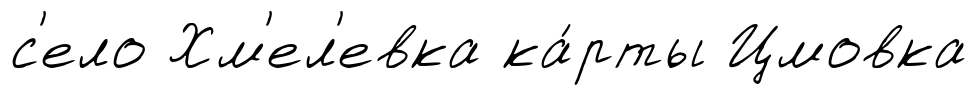
с'ело Хм'ел'евка ка́рты Цмовка